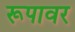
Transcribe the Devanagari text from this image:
रूपावर